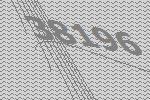
38196